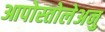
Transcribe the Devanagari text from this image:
आपोस्तोलेअनु